Indian journal of veterinary science and animal husbandry - Volume 7,
Year: 1937
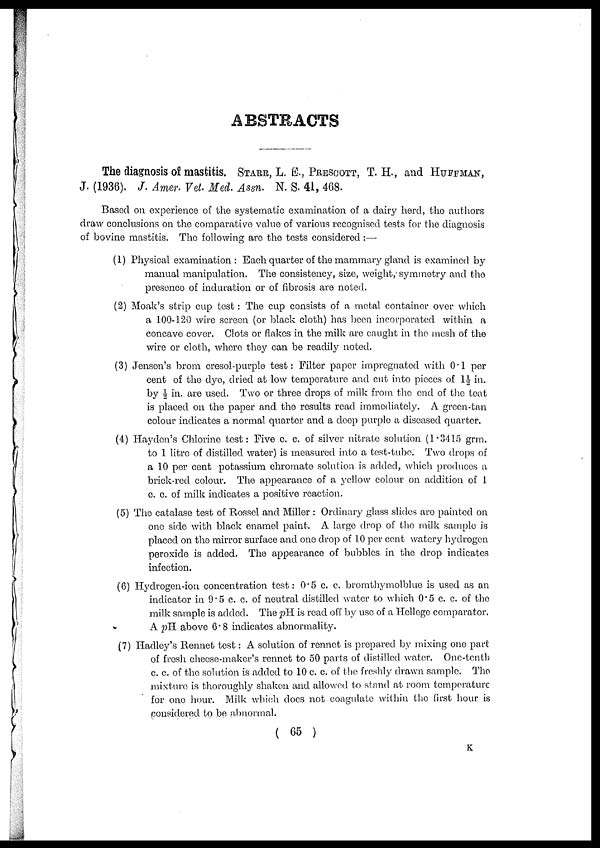
ABSTRACTS
The diagnosis of mastitis. STARR, L. E., PRESCOTT, T. H., and HUFFMAN,
J. (1936). J. Amer. Vet. Med. Assn. N. S. 41, 468.
Based on experience of the systematic examination of a dairy herd, the authors
draw conclusions on the comparative value of various recognised tests for the diagnosis
of bovine mastitis. The following are the tests considered:—
(1) Physical examination: Each quarter of the mammary gland is examined by
manual manipulation. The consistency, size, weight, symmetry and the
presence of induration or of fibrosis are noted.
(2) Moak's strip cup test: The cup consists of a metal container over which
a 100-120 wire screen (or black cloth) has been incorporated within a
concave cover. Clots or flakes in the milk are caught in the mesh of the
wire or cloth, where they can be readily noted.
(3) Jensen's brom cresol-purple test: Filter paper impregnated with 0.1 per
cent of the dye, dried at low temperature and cut into pieces of 1½ in.
by ½ in. are used. Two or three drops of milk from the end of the teat
is placed on the paper and the results read immediately. A green-tan
colour indicates a normal quarter and a deep purple a diseased quarter.
(4) Hayden's Chlorine test: Five c. c. of silver nitrate solution (1.3415 grm.
to 1 litre of distilled water) is measured into a test-tube. Two drops of
a 10 per cent potassium chromate solution is added, which produces a
brick-red colour. The appearance of a yellow colour on addition of 1
c. c. of milk indicates a positive reaction.
(5) The catalase test of Rossel and Miller : Ordinary glass slides are painted on
one side with black enamel paint. A large drop of the milk sample is
placed on the mirror surface and one drop of 10 per cent watery hydrogen
peroxide is added. The appearance of bubbles in the drop indicates
infection.
(6) Hydrogen-ion concentration test: 0.5 c. c. bromthymolblue is used as an
indicator in 9.5 c. c. of neutral distilled water to which 0.5 c. c. of the
milk sample is added. The pH is read off by use of a Hellege comparator.
A pH above 6.8 indicates abnormality.
(7) Hadley's Rennet test: A solution of rennet is prepared by mixing one part
of fresh cheese-maker's rennet to 50 parts of distilled, water. One-tenth
c. c. of the solution is added to 10 c. c. of the freshly drawn sample. The
mixture is thoroughly shaken and allowed to stand at room temperature
for one hour. Milk which does not coagulate within the first hour is
considered to be abnormal.
( 65 )
K